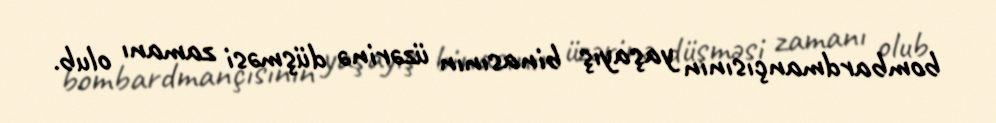
bombardmançısının yaşayış binasının üzərinə düşməsi zamanı olub.